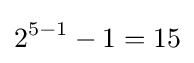
2^{5-1}-1=15